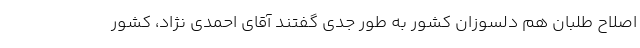
اصلاح طلبان هم دلسوزان کشور به طور جدی گفتند آقای احمدی نژاد، کشور